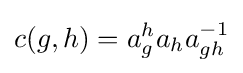
c(g,h)=a_{g}^{h}a_{h}a_{gh}^{-1}